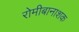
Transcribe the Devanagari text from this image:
रोमीबानाशक